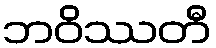
ဘဝိဿတီ